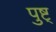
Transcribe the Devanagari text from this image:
पुष्ट्